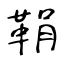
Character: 鞙